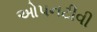
ઓપનટીવી